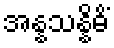
အန္နသန္နိဓိံ